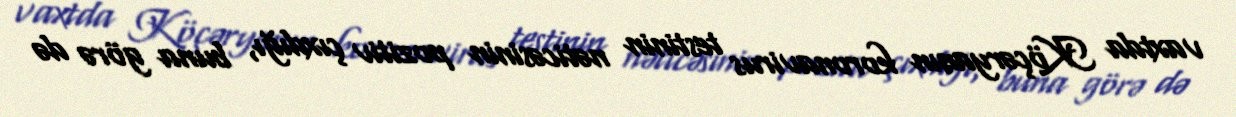
vaxtda Köçəryanın koronavirus testinin nəticəsinin pozitiv çıxdığı, buna görə də